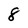
Character: 8